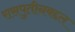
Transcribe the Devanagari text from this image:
रासपुतीनबद्दल